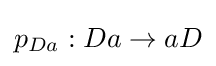
p_{Da}:Da\rightarrow aD